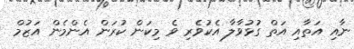
ނާއި އަތާއި އަތް ގުޅުވާލާ އެކުވެރި ވެ މިކަން ކުރަން އެންމެން އަޒުމް